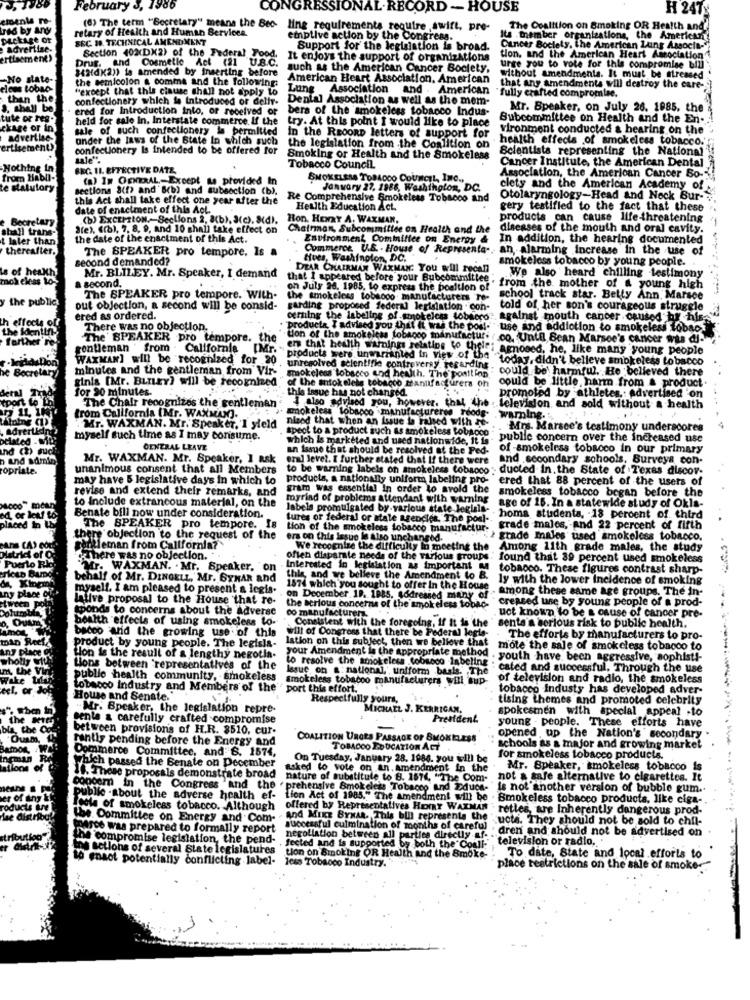
February
986
CONGRESSIONAL.RECORD - HOUSE
H 24TY
retary of Health and Human Services.
(6) The term "Secretary" means the Bec-
ling requirements reoutre ,swift, pre-
The Coalition on Smoking OR Health and'
emptive action by the Congress.
Its member organizations, the American
SEC #8. TECHNICAL AMENDMENT
Section 402(DX2) of the Federal Food,
Support for the legislation is broad.
Cancer Society, the American Lung Associa-
Drug. and Cosmetic Act (21 U.B.C.
It enjoys the support of organizations
tion, and the American Heart Association
34atdkan) is amended by inserting before
such as the American Cancer Society,
urge you to vote for this compromise bili
the semicolon & comma and the following:
American Heart Association. American
Without amendmenta. It must be stressed
Loba
"except that this cinuse shall not apply to
Lung Association and . American
that any amendments will destroy the care-
fully crafted compromise.
confectionery which is introduced or delly-
Dental Association as well as the mem-
ered for Introduction into, or received or
bers of the smokeless tobacco Indus-
Mr. Speaker, on July 26. 1985, the
held for sale In, Interstate commerce. If the
try. At this point I would like to place
Subcommittee on Health and the En-
ckage or in
sale of such confectionery is permitted
vironment conducted & hearing on the
advertise
under the laws of the State In which such
In the RECORD letters of support for
health effects of smokeless tobacco.
ertisement)
confectionery Is intended to be offered for
the legislation from the Coalition on
Scientists representing the National
sale".
Smoking or Health and the Smokeless
Cancer Institute, the American Dental
Nothing in
BEC. 11. EFFECTIVE DATE,
Tobacco Council
from Habll-
(a) IN GENERAL-Except & provided In
SMOKELESS TOBACCO COUNCIL, INC .,
Association, the American Cancer So-
te statutory
sections 8(f) and'Brb) and subsection (b),
January 27, 1986, Washington, DC.
clety and the American Academy of
this Act shall take effect one year after the
Re Comprehensive Smokeless Tobacco and
Otolaryngology-Head and Neck Bur-
date of enactment of this Act.
Health Education Act.
gery testified to the fact that these
Becretan
(b) EXCEPTION. Sections 2, 3(b), 3(c). S(d).
Hon. HENRY A. WAXMAN.
products can cause life-threatening
shall trans-
"(e), (rb), 7, 8, 9, and 10 shall take effect on
Chairman, Subcommittee on Health and the
diseases of the mouth and oral cavity.
t later than
the date of the enactment of this Act.
Environment Commilice on Energy &
In addition, the hearing documented
thereafter.
The SPEAKER pro tempore. Is a
Commerce, U.S . House of Representa-
an alarming increase in the use of
second demanded?
tives, Washinolon, DC.
smokeless tobacco by young people.
of health
DEAR CHAIRMAN WAXMAN. You will recall
modeleas 10-
Mr. BLILEY. Mr. Speaker, I demand
We also heard chilling testimony
a second.
that I appeared before your Subcommittee . from the mother of & young high
on July 28. 1985, to express the boaltion of
from the mother of & young high
the public
The SPEAKER pro tempore. With-
the smokeless tobacco manufacturers Te-
school track star. Betty Ann. Marsce
out objection, a second will be consid-
garding proposed federal legislation con-
told of her son's courageous struggle
effects
ered as ordered.
cering the labeling of smokeless tobscro against mouth cancer caused by his-
against mouth cancer caused by his
There was no objection.
use and addiction to smokeless lobaos
arther
The' SPEAKER pro tempore. the
tion of the smokeless tobacco manufactur
co. Until Sean Marsee's cancer was di-
contieman ' from - California
IMP.
ens that health warnings relative to thele:
Amosed, he, like many young people
WAXMAN] will be recognized for 20
products were unwarranted in view of the
today, didn't believe smokeless tobacco
he Bocretary
minutes and the gentleman from Vir-
smokeless tobacco and health. The position"
unresolved scientifie controversy. regarding
could be' harmful. He believed there
ginia [Mr. BLILEY) will be recognized
of the antokelele tobacco manufacturers on
for 90 minutes.
this issue has not changed.
could be little, harm from & product.
detal
tport
also advised you, however, that the
also advised
that
promoted by athletes .: Advertised 'on
The Chair recognizes the gentleman
smokeless tobacco manufactureres reodg-
television and sold without a health
trom California (Mr. WAXMAN).
nizod that when an Issue la Faled with re-
warning.
Mr. WAXMAN. Mr. Speaker, 'I yield
spect to a product such as smokeless tobacco
. Mrs. Marsce's testimony underacores
myself such time as I may consume.
which is marketed and used nationwide, It is
public concern over the increased use
GENERAL LEAVE
an Issue that should be resolved at the Fed-
of -smokeless tobacco in our primary
n and sdmio,
Mr. WAXMAN. Mr. Speaker, I ask
emal leve ?. I further stated that If there were
and secondary schools, Surveys con-
topriate.
unanimous consent that all Members
to be warning labels on smokeless tobacco ; ducted in. the State of Texas discov-
ducted in. the State of Texas discov-
may have 5 legislative days in which to
products, a nationally uniform labeling pro-
cred that 88 percent of the users of
revise and extend their remarks, and
gram was essential in order to avold the
smokeless tobacco began before the
to include extrancous material, on the
myriad of problems attendant with warning
labels promulgated by-various state Jeglala-
age of 16. In a statewide study of Okla-
Benate bill now under consideration.
tures or federal or state agencies. The posl-
homs studenta, - 18 percent of. third
The SPEAKER pro tempore. Is
tion of the smokeless tobacco manufactur-
grade males, and 22 percent of fifth
there objection to the request of the
ers on this issue le also unchanged.
grade Inales used smokeless tobacco.
gentleman from California?
We recognize the difficulty in meeting the
Among 11th grade males, the study
there was no objection.
often disparate needs of the various groups. found that 89 percent used smokeless
found that 89 percent used smokeless
"Mr. WAXMAN. . Mr. Speaker, on
Interested in legislation as important M
tobacco. These figures contrast sharp-
behalf of Mr. DINGELL, Mr. SYNAR and
this, and we believe the Amendment to B.
ly with the lower Incidence of smoking
myself. I am pleased to present a legis.
1574 which you sought to offer In the House
among these same age groups. The in-
lative proposal to the House that re-
on December 19. 1885, sodressed many of".
creased use by young people of a prod-
tponds to concerns about the adverse
the serious concerns of the smokeless tobac-
co manufacturer.
uct known to be a cause of cancer pre-
health effects of using smokeless to-
Consistent With the foregoing, if It is the
sente a serious risk to public health.
will of Congress that there be Federal legie-
bacco and the growing use of this
lation on this subject, then we believe that
The efforts by manufacturers to pro-
product by young people. The legisla-
your Amendment is the appropriate method
mote the sale of smokeless tobacco to
tion is the result of a lengthy negotia.
to resolve the smokeless tobacco labeling
youth have been aggressive, sophisti-
Lions between representatives of the
lesue on a: national,' uniform basis. The
cated and successful. Through the use
public health community, smokeless
smokeless tobacco manufacturers will sup-
of television and radio, the smokeless
tobacco Industry and Members of the
tobacco Industy has developed adver-
House and Senate."
Respectfully yours,
tising themes and promoted celebrity
"Mr. Speaker, the legislation repre-
MICHAEL J. KERRIGAN.
spokesmen with special appeal -to
sente a carefully crafted compromise
President
between provisions of H.R. 8510, cur-
young - people. These efforts have
rantis pending before the Energy and
COALITION URGES PASSAGE OF SMOKELESS
opened up the Nation's secondary .
Dommerce Committee, and B. 1674,
TOBACCO EDUCATION ACT
schools as a major and growing market
On Tuesday, January 28. 1986. you will be
for smokeless tobacco products.
Which passed the Senate on December
asked to vote on an. amendment in the
Mr. Speaker, smokeless tobacco is
16. These proposals demonstrate broad
nature of substitute to B. 1514, "The Com-
not a safe alternative to cigarettes. It
concem in the Congress and the
prehensive Smokeless Tobacco and 22duos-
is not another version of bubble gum ..
public -about the adverse health ef-
Lion Act of 1985." The amendment will be
· Smokeless tobacco products, like ciga-
ole of smokeless tobacco. Although
offered by Representatives HorRY WAXMAN
retles, are Inherently dangerous prod-
the Committee on Energy and Com-
And MIKE BYMAR. This bill represents the
ucts. They should not be sold to chil-
merce was prepared to formally report
successful culmination of months of careful
directly af.
dren and should not be advertised on
The compromise legislation, the pend-
negotiation between all part
fected and is supp
orted
"television or radio,
the actions of several State legislatures
both t
e'Coall:
enact potentially conflicting label-
less Tobacco Industry.
tion on Smoking OR Health and the Smoke-
To date, State and local efforts to
place restrictions on the sale of smoke-